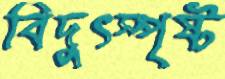
বিদুৎস্পৃষ্ট